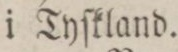
i Tyſkland.